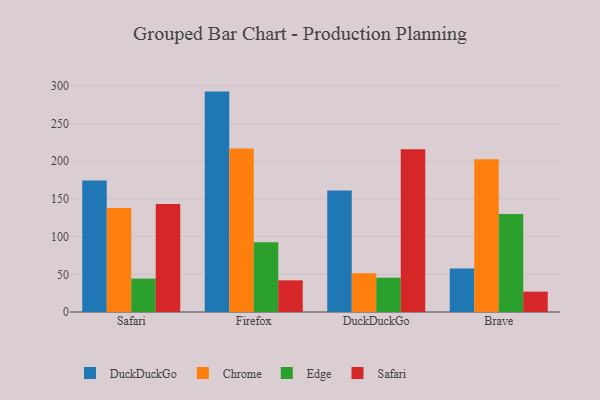
{"axis": {"x": "Browser", "y": "Production Output"}, "legend": ["Chrome", "DuckDuckGo", "Edge", "Safari"], "data": [{"x": "Safari", "y": 174.3, "type": "DuckDuckGo"}, {"x": "Safari", "y": 137.8, "type": "Chrome"}, {"x": "Safari", "y": 44.3, "type": "Edge"}, {"x": "Safari", "y": 143.2, "type": "Safari"}, {"x": "Firefox", "y": 292.3, "type": "DuckDuckGo"}, {"x": "Firefox", "y": 217.0, "type": "Chrome"}, {"x": "Firefox", "y": 92.4, "type": "Edge"}, {"x": "Firefox", "y": 42.0, "type": "Safari"}, {"x": "DuckDuckGo", "y": 161.0, "type": "DuckDuckGo"}, {"x": "DuckDuckGo", "y": 51.5, "type": "Chrome"}, {"x": "DuckDuckGo", "y": 45.5, "type": "Edge"}, {"x": "DuckDuckGo", "y": 215.9, "type": "Safari"}, {"x": "Brave", "y": 57.6, "type": "DuckDuckGo"}, {"x": "Brave", "y": 202.5, "type": "Chrome"}, {"x": "Brave", "y": 130.1, "type": "Edge"}, {"x": "Brave", "y": 27.0, "type": "Safari"}]}